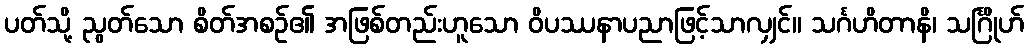
ပတ်သို့ ညွတ်သော စိတ်အစဉ်၏ အဖြစ်တည်းဟူသော ဝိပဿနာပညာဖြင့်သာလျှင်။ သင်္ဂဟိတာနိ၊ သင်္ဂြိုဟ်